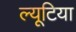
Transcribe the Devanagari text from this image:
ल्यूटिया